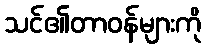
သင်၏တာဝန်များကို